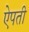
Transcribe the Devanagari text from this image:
ऐपती